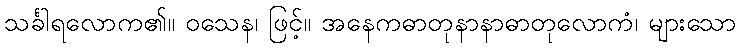
သင်္ခါရလောက၏။ ဝသေန၊ ဖြင့်။ အနေကဓာတုနာနာဓာတုလောကံ၊ များသော